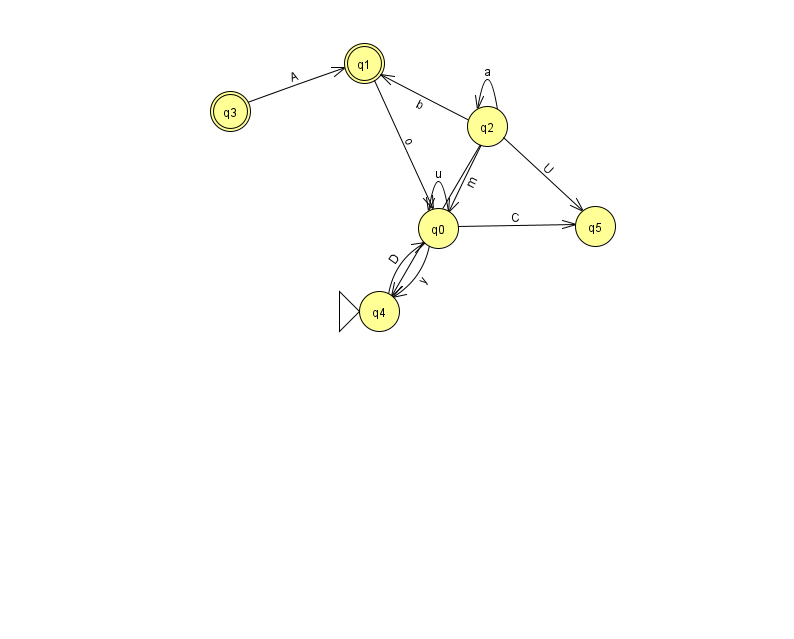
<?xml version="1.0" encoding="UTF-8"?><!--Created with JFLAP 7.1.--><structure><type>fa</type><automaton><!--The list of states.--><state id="0" name="q0"><x>438.0</x><y>215.0</y></state><state id="1" name="q1"><x>364.0</x><y>50.0</y><final/></state><state id="2" name="q2"><x>487.0</x><y>113.0</y></state><state id="3" name="q3"><x>230.0</x><y>98.0</y><final/></state><state id="4" name="q4"><x>379.0</x><y>298.0</y><initial/></state><state id="5" name="q5"><x>595.0</x><y>213.0</y></state><!--The list of transitions.--><transition><from>2</from><to>0</to><read>m</read></transition><transition><from>2</from><to>2</to><read>a</read></transition><transition><from>2</from><to>5</to><read>U</read></transition><transition><from>0</from><to>4</to><read>y</read></transition><transition><from>1</from><to>0</to><read>o</read></transition><transition><from>2</from><to>1</to><read>b</read></transition><transition><from>0</from><to>0</to><read>u</read></transition><transition><from>3</from><to>1</to><read>A</read></transition><transition><from>0</from><to>5</to><read>C</read></transition><transition><from>2</from><to>4</to><read>Y</read></transition><transition><from>4</from><to>0</to><read>D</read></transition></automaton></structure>